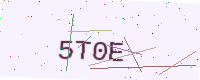
Text: 5T0E